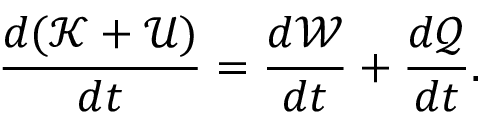
\frac { d ( \mathcal { K } + \mathcal { U } ) } { d t } = \frac { d \mathcal { W } } { d t } + \frac { d \mathcal { Q } } { d t } .